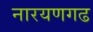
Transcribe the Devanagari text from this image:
नारयणगढ